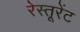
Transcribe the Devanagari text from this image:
रेस्तूरेंट